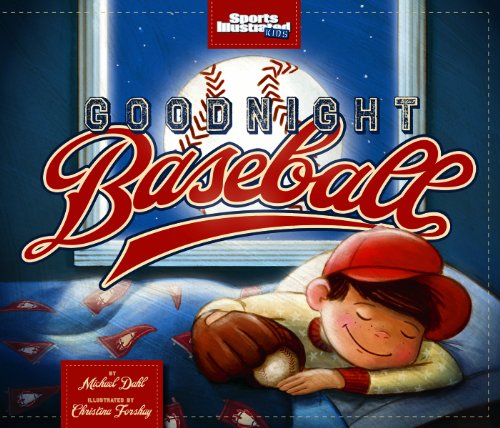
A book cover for Goodnight Baseball (Sports Illustrated Kids Bedtime Books); Michael Dahl; Children's Books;